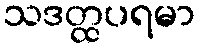
သဒတ္ထပရမာ